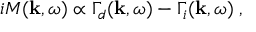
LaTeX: i { \cal M } ( { \bf k } , \omega ) \propto \Gamma _ { d } ( { \bf k } , \omega ) - \Gamma _ { i } ( { \bf k } , \omega ) \; ,